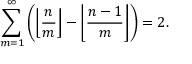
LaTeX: \sum _ { m = 1 } ^ { \infty } \left( \left\lfloor { \frac { n } { m } } \right\rfloor - \left\lfloor { \frac { n - 1 } { m } } \right\rfloor \right) = 2 .